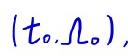
\((t_0,\Omega_0),\)